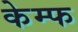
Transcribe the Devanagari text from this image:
केम्फ